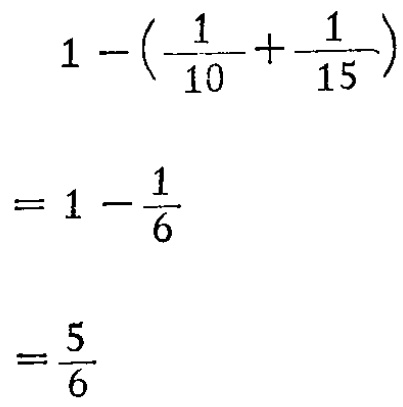
\[

\begin{align*}

&1 - (\frac{1}{10} + \frac{1}{15})\\

=&1 - \frac{1}{6}\\

=&\frac{5}{6}

\end{align*}

\]